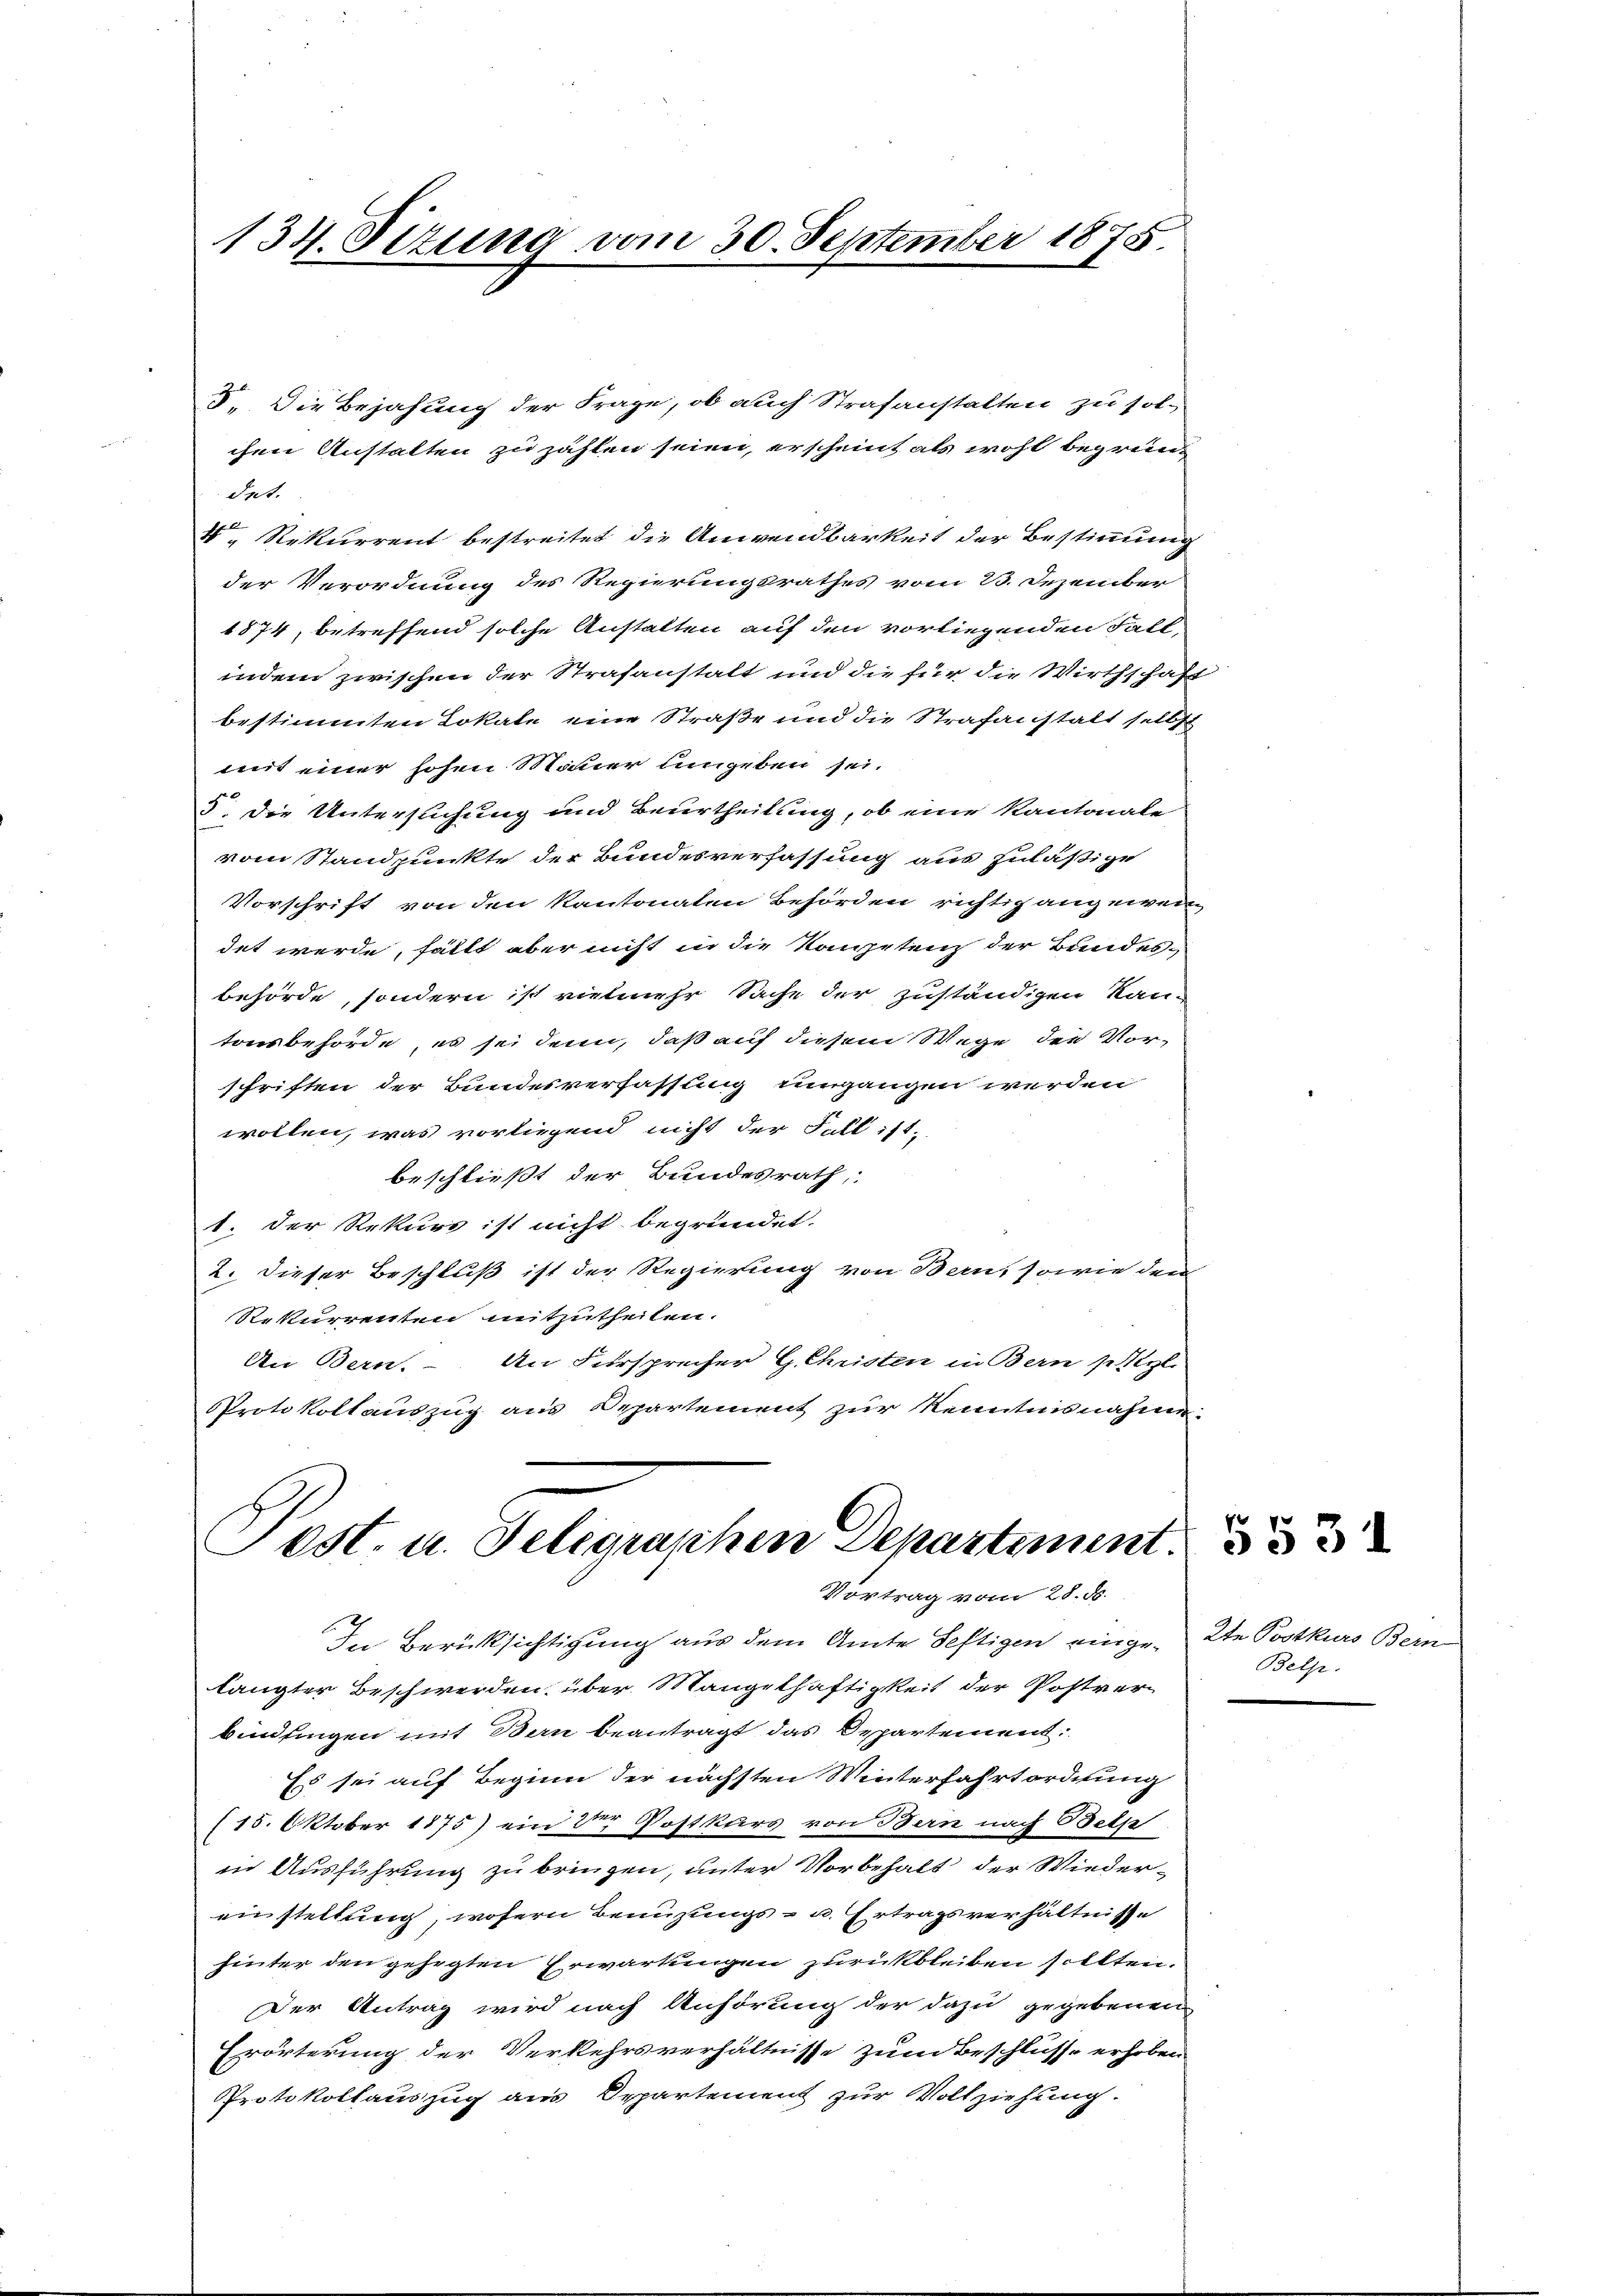
134. Sizung vom 30. September 1875

. Die Bejahung der Frage, ob auch Strafanstalten zu sol-
chen Anstalten zu zahlen seien, erscheint als wohl begren
det.
V, Rekurrent bestreitet die Anwendbarkeit der Bestimmung
der Verordnung des Regierungsrathes vom 23. Dezember
1874, betreffend solche Anstalten auf den vorliegenden Fall
indem zwischen der Strafanstalt und die für die Wirthschaft
bestimmten Lokale eine Straße und die Strafanstalt selbst
mit einer hohen Mauer umgeben sei.
5 die Untersuchung und Beurtheilung, ob eine Kantonale
vom Standpunkte der Bundesverfassung aus zuläßige
Vorschrift von den Kantonaten Behörden richtig angewendet werde, fällt aber nicht in die Kompetenz der Bundes-
behörde, sondern ist vielmehr Sache der zuständigen Kantonsbehörde es sei denn, daß auf diesem Wege des Vor-
schriften der Bundesverfassung umgangen werden
wollen, was vorliegend nicht der Fall ist,
beschließt der Bundesrath,
1. Der Rekurs ist nicht begründet.
2. dieser Beschluß ist der Regierung von Bern, sowie den
Rekurrenten mitzutheilen.
An Bern. An Fürsprecher G. Christen in Bern setzl.
Protokollauszug aus Departement zur Kenntnisnahme.

Post. u. Seligraphen Departement.
Vortrag vom 28. d.

In Berücksichtigung aus dem Amte Seftigen eingelangter Beschwerden, über Mangelhaftigkeit der Postverbindlingen mit Bern beantragt das Departement.
Es sei auf Beginn der nächsten Winterfahrtordnung
(15. Oktober 1875) ein der Postkurs von Bern nach Belp
in Ausführung zu bringen, unter Vorbehalt der Wiedereustellung, wofern Benuzungs- u. Ertragsverhältnisse
hinter den gehegten Erwartungen zurückbleiben sollten.
Der Antrag wird nach Anhörung der dazu gegebenen
Erörterung der Verkehrsverhältnisse zum Beschlusse erhoben
Protokollauszug aus Departement zur Vollziehung.

2te Postkurs Bern
Belp.

5531